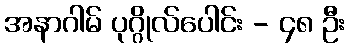
အနာဂါမ် ပုဂ္ဂိုလ်ပေါင်း - ၄၈ ဦး